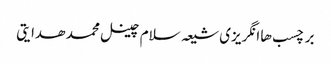
برچسب ها انگریزی شیعہ سلام چینل محمد ھدایتی